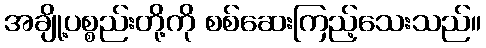
အချို့ပစ္စည်းတို့ကို စစ်ဆေးကြည့်သေးသည်။